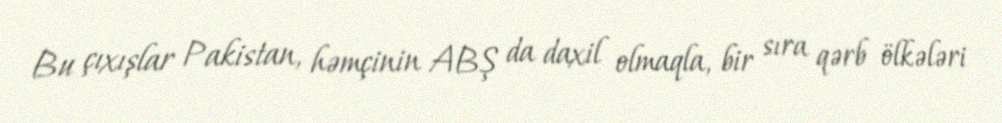
Bu çıxışlar Pakistan, həmçinin ABŞ da daxil olmaqla, bir sıra qərb ölkələri